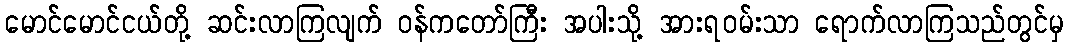
မောင်မောင်ငယ်တို့ ဆင်းလာကြလျက် ဝန်ကတော်ကြီး အပါးသို့ အားရဝမ်းသာ ရောက်လာကြသည်တွင်မှ